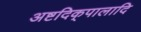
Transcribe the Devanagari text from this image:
अष्टदिक्‌पालादि